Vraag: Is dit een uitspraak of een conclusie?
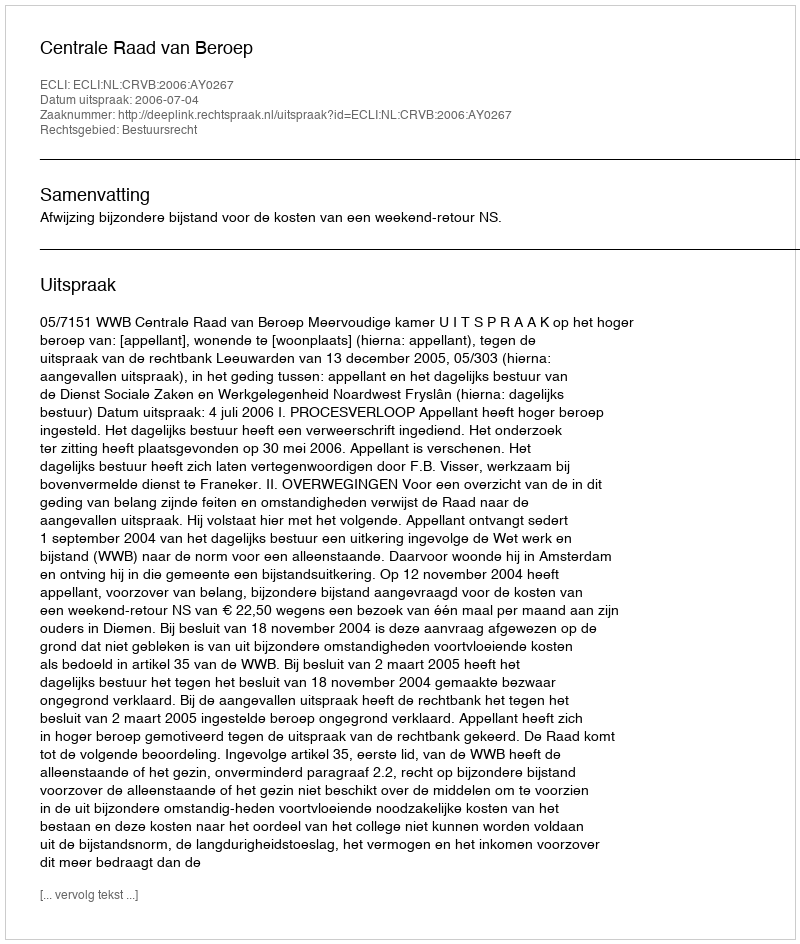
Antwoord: Uitspraak